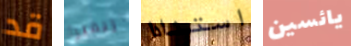
قد ريفيرا استنادا يائسين